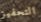
التحفيز